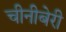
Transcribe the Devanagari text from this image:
चीनीबेरी